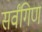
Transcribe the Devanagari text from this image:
सर्वंगिण